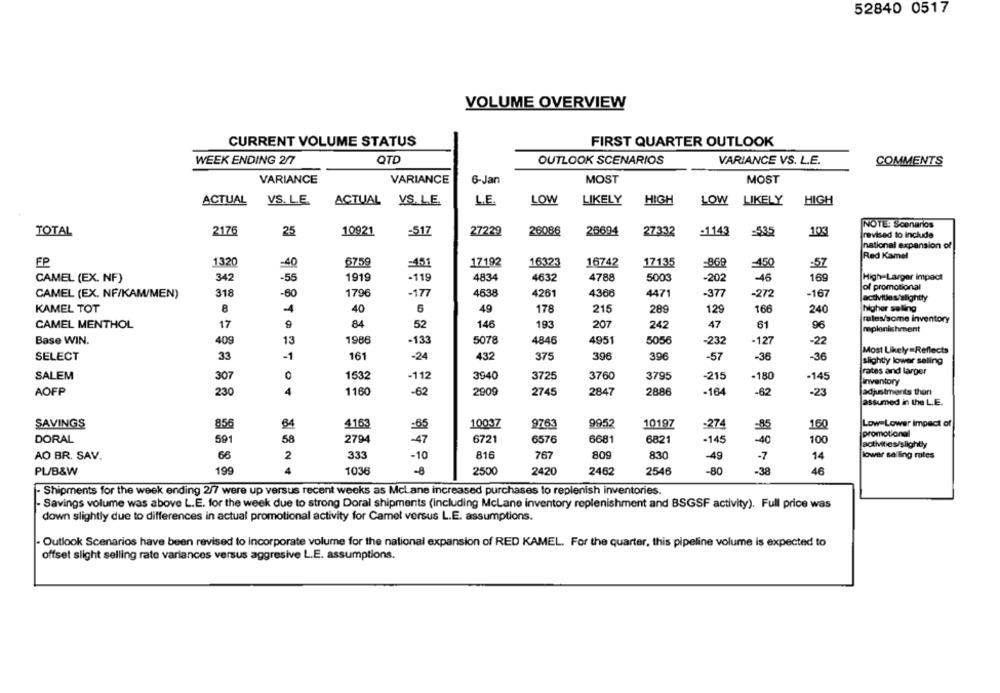
52840 0517
VOLUME OVERVIEW
CURRENT VOLUME STATUS
FIRST QUARTER OUTLOOK
WEEK ENDING 2/7
QTD
OUTLOOK SCENARIOS
VARIANCE VS. L.E.
COMMENTS
VARIANCE
VARIANCE
MOST
MOST
6-Jan
ACTUAL
VS. L.E.
ACTUAL VS. L.E.
L.E.
LOW
LIKELY
HIGH
LOW LIKELY
HIGH
NOTE: Scenarios
TOTAL
2176
25
10921
=517
27229
26086
26694
27332
-1143
-53
103
revised to include
national expansion of
Red Kamel
FP
1320
-40
6759
=451
17192
16323
16742
17135
=869
450
=57
342
1919
4834
4632
4788
5003
High-Larger impact
CAMEL (EX. NF)
-55
-119
-202
-46
169
of promotional
CAMEL (EX. NF/KAM/MEN)
318
-80
1796
-177
4638
4261
4366
4471
-377
-272
-167
activities/slightly
KAMEL TOT
8
1
40
6
49
178
215
289
129
166
240
higher selling
rates/some inventory
CAMEL MENTHOL
17
9
84
52
146
193
207
242
47
61
96
replenishment
Base WIN.
409
13
1986
5078
4846
4951
5056
-22
-133
-232
-127
Most Likely =Reflects
SELECT
33
-1
161
-24
432
375
396
396
-57
-36
-36
slightly lower selling
rates and larger
SALEM
307
1532
-112
3940
3725
3760
3795
-215
-180
-145
inventory
AOFP
230
4
1160
-62
2909
2745
2847
2886
-164
-62
-23
adjustments than
assumed in the L.E.
4163
10037
9952
Low Lower impact of
SAVINGS
856
B4
=65
9763
10197
-274
=85
160
promotional
DORAL
591
58
2794
-47
6721
6576
6681
6821
-145
-40
100
activities/slightly
AO BR. SAV.
66
2
333
-10
816
767
809
830
-49
-7
14
lower sailing rates
PL/B&W
199
4
1036
-8
2500
2420
2462
-80
-38
46
2546
- Shipments for the week ending 2/7 were up versus recent weeks as Mclane increased purchases to replenish inventories.
Savings volume was above L.E. for the week due to strong Doral shipments (including McLane inventory replenishment and BSGSF activity). Full price was
down slightly due to differences in actual promotional activity for Camel versus L.E. assumptions.
- Outlook Scenarios have been revised to incorporate volume for the national expansion of RED KAMEL. For the quarter, this pipeline volume is expected to
offset slight selling rate variances versus aggresive L.E. assumptions.